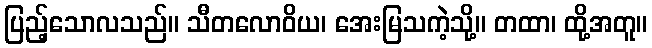
ပြည့်သောလသည်။ သီတလောဝိယ၊ အေးမြသကဲ့သို့။ တထာ၊ ထို့အတူ။